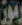
رموز